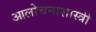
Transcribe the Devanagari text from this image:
आलोचनाशास्त्री